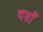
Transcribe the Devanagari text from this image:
दशाँ